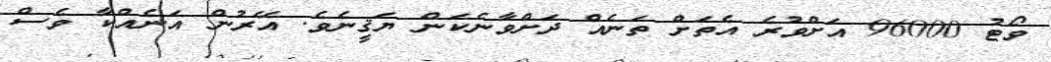
ވޯޓު 96000 އަށްވުރެ އެތަށް ތަނެއް ދަށްވާނެކަން ޔަޤީނެވެ. އޭރުން އަނެއްކާ ވެސް